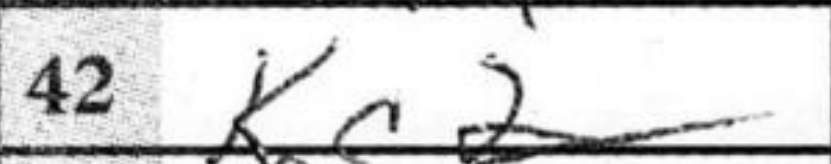
Transcription: Kc2